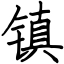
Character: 镇